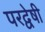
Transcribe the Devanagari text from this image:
परद्वेषी